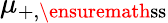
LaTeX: \mu_{+,\ensuremath{\mathrm{ss}}}